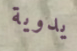
يدوية